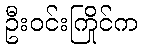
ဦးဝင်းကြိုင်က